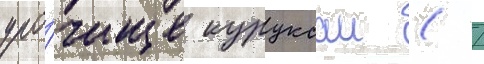
уро́чище куруксаи ( /